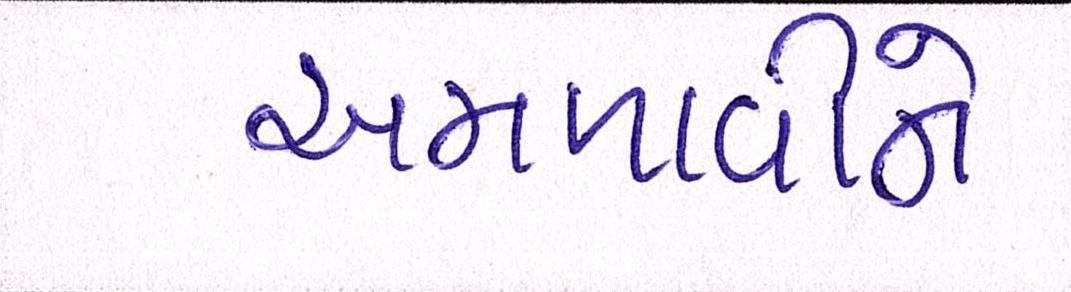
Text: અમળાવીને